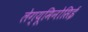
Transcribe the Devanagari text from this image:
लेग्यूमिनोसिई